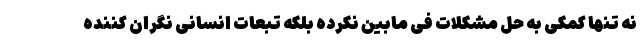
نه تنها کمکی به حل مشکلات فی مابین نکرده بلکه تبعات انسانی نگران کننده